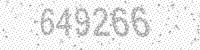
Solution: 649266